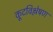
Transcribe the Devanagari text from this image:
कूटविश्लेषण